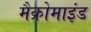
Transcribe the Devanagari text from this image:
मैक्रोमाइंड